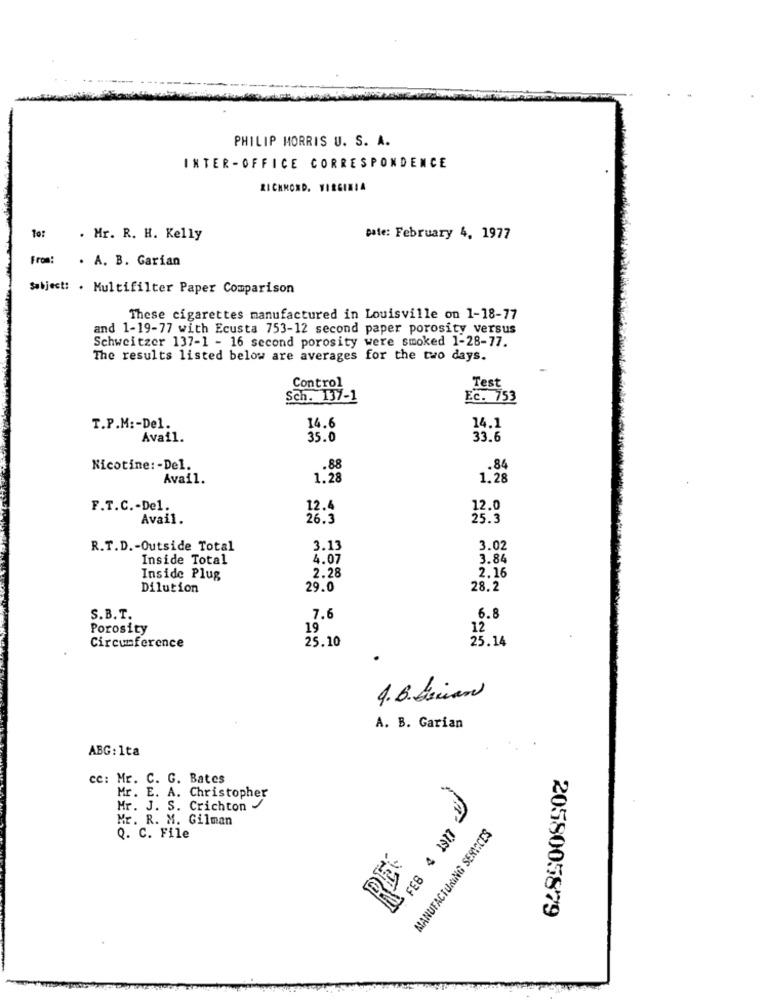
PHILIP MORRIS U. S. A.
INTER -OFFICE CORRESPONDENCE
RICHMOND, VIRGINIA
To:
. Mr. R. H. Kelly
Date: February 4, 1977
From:
. A. B. Garian
Subject: . Multifilter Paper Comparison
These cigarettes manufactured in Louisville on 1-18-77
and 1-19-77 with Ecusta 753-12 second paper porosity versus
Schweitzer 137-1 - 16 second porosity were smoked 1-28-77.
The results listed below are averages for the two days.
Test
Control
Sch. 137-1
Ec. 753
14.6
T.P.M :- Del.
14.1
Avail.
35.0
33.6
Nicotine: - Del.
.88
.84
Avail.
1.28
1.28
F.T.C .- Del.
12.4
12.0
Avail.
26.3
25.3
R.T.D .- Outside Total
3.13
3.02
Inside Total
4.07
3.84
2.28
2.16
Inside Plug
Dilution
29.0
28.2
S.B. T.
7.6
6.8
Porosity
19
12
25.10
25.14
Circumference
4.B. Brian
A. B. Garian
ABG: 1ta
cc: Mr. C. G. Bates
Mr. E. A. Christopher
Mr. J. S. Crichton
Mr. R. M. Gilman
MANUFACTURING SERICES
Q. C. File
2058005879